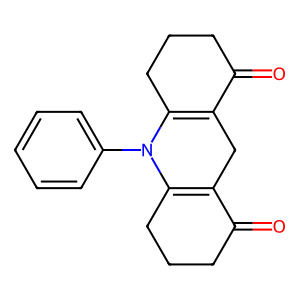
SMILES: O=C1CCCC2=C1CC1=C(CCCC1=O)N2c1ccccc1
Inhibits HIV replication: No